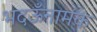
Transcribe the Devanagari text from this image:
भदऊँनामक